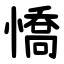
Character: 憍